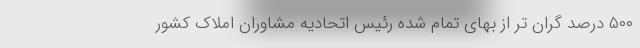
۵۰۰ درصد گران ‌تر از بهای تمام‌ شده رئیس اتحادیه مشاوران املاک کشور